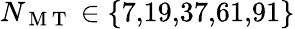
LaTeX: N_{\mathrm{~M~T~}}\in\{ 7,\! 19,\! 37,\! 61,\! 91\}